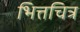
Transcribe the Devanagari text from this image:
भित्तचित्र